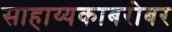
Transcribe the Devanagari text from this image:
साहाय्यकाबरोबर